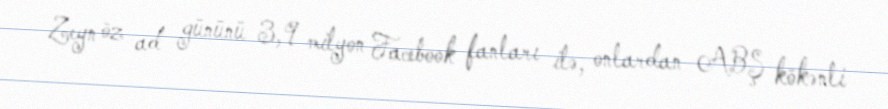
Zeyn öz ad gününü 3,9 milyon Facebook fanları ilə, onlardan ABŞ kökənli